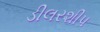
ડીલરશીપ